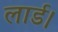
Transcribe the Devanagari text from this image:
लार्ड।